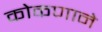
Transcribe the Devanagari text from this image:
कोकणाने